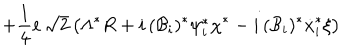
+ \frac { 1 } { 4 } e \, \sqrt { 2 } \left( \Lambda ^ { * } R + i \, ( { \cal { B } } _ { i } ) ^ { * } \psi _ { i } ^ { * } \chi ^ { * } - i \, ( { \cal { B } } _ { i } ) ^ { * } \dot { x } _ { i } ^ { * } \xi \right)